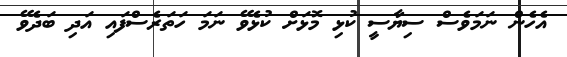
އެހެން ނަމަވެސް ސިޔާސީ ކުޅި މޮޅަށް ކުޅެވޭ ނަމަ ހަތަރެސްފައި އަދި ބަދެވޭ